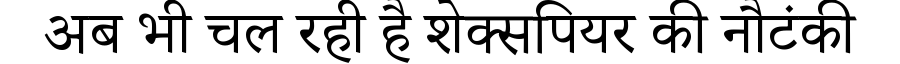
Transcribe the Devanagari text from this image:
अब भी चल रही है शेक्सपियर की नौटंकी